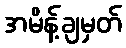
အမိန့်ချမှတ်